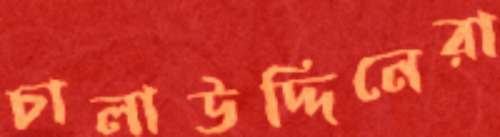
চালাউদ্দিনেরা